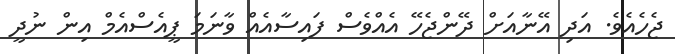
ޖެހެއެވެ. އަދި އޭނާއަށް ދޭންޖެހޭ އެއްވެސް ފައިސާއެއް ވާނަމަ ޕީއެސްއެމް އިން ނުދީ